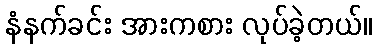
နံနက်ခင်း အားကစား လုပ်ခဲ့တယ်။